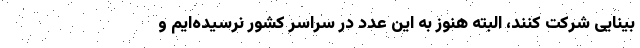
بینایی شرکت کنند، البته هنوز به این عدد در سراسر کشور نرسیده‌ایم و